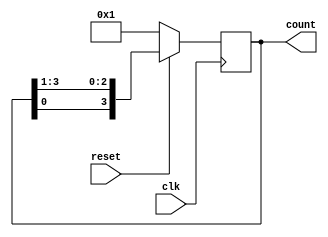
`timescale 1ns / 1ps
module ring_counter(  clk,
     reset, count );
	 parameter WIDTH=4;
	 input clk,reset;
	 output reg [WIDTH-1:0] count;
	 always@(posedge clk)
begin
if(reset)
count={count[0],count[WIDTH-1:1]};
else 
count=4'b0001;
end
endmodule